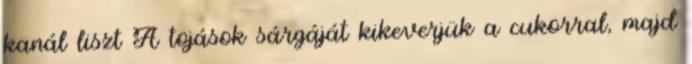
kanál liszt A tojások sárgáját kikeverjük a cukorral, majd